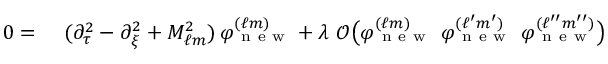
\begin{array} { r l } { 0 = \ } & { { } ( \partial _ { \tau } ^ { 2 } - \partial _ { \xi } ^ { 2 } + M _ { \ell m } ^ { 2 } ) \, \varphi _ { \mathrm { ~ n ~ e ~ w ~ } } ^ { ( \ell m ) } + \lambda \ \mathcal { O } \big ( \varphi _ { \mathrm { ~ n ~ e ~ w ~ } } ^ { ( \ell m ) } \ \varphi _ { \mathrm { ~ n ~ e ~ w ~ } } ^ { ( \ell ^ { \prime } m ^ { \prime } ) } \ \varphi _ { \mathrm { ~ n ~ e ~ w ~ } } ^ { ( \ell ^ { \prime \prime } m ^ { \prime \prime } ) } \big ) } \end{array}